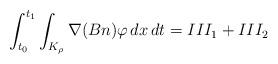
LaTeX: \begin{align*}\int_{t_0}^{t_1}\int_{K_{\rho}} \nabla (B n) \varphi \,dx\,dt =III_1 + III_2\end{align*}